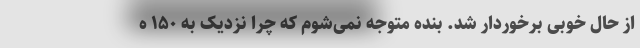
از حال خوبی برخوردار شد. بنده متوجه نمی‌شوم که چرا نزدیک به ۱۵۰ ه